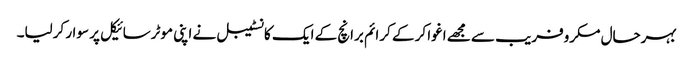
بہرحال مکروفریب سے مجھے اغوا کر کے کرائم برانچ کے ایک کانسٹیبل نے اپنی موٹرسائیکل پر سوار کرلیا۔